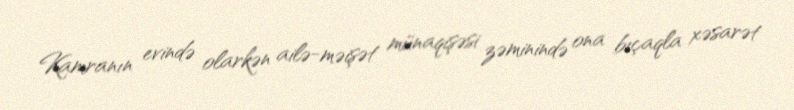
Kamranın evində olarkən ailə-məişət münaqişəsi zəminində ona bıçaqla xəsarət